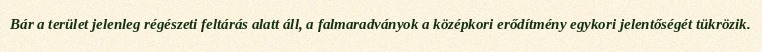
Bár a terület jelenleg régészeti feltárás alatt áll, a falmaradványok a középkori erődítmény egykori jelentőségét tükrözik.